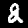
Digit: 2